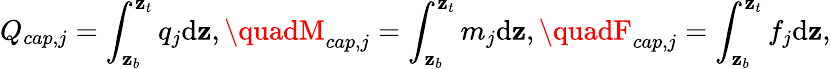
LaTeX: Q_{cap,j}=\int_{\mathbf{z}_{b}}^{\mathbf{z}_{t}}q_{j}\textnormal{d}\mathbf{z},\quadM_{cap,j}=\int_{\mathbf{z}_{b}}^{\mathbf{z}_{t}}m_{j}\textnormal{d}\mathbf{z},\quadF_{cap,j}=\int_{\mathbf{z}_{b}}^{\mathbf{z}_{t}}f_{j}\textnormal{d}\mathbf{z},